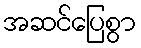
အဆင်ပြေစွာ